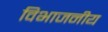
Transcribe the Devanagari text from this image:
विभाजनीय